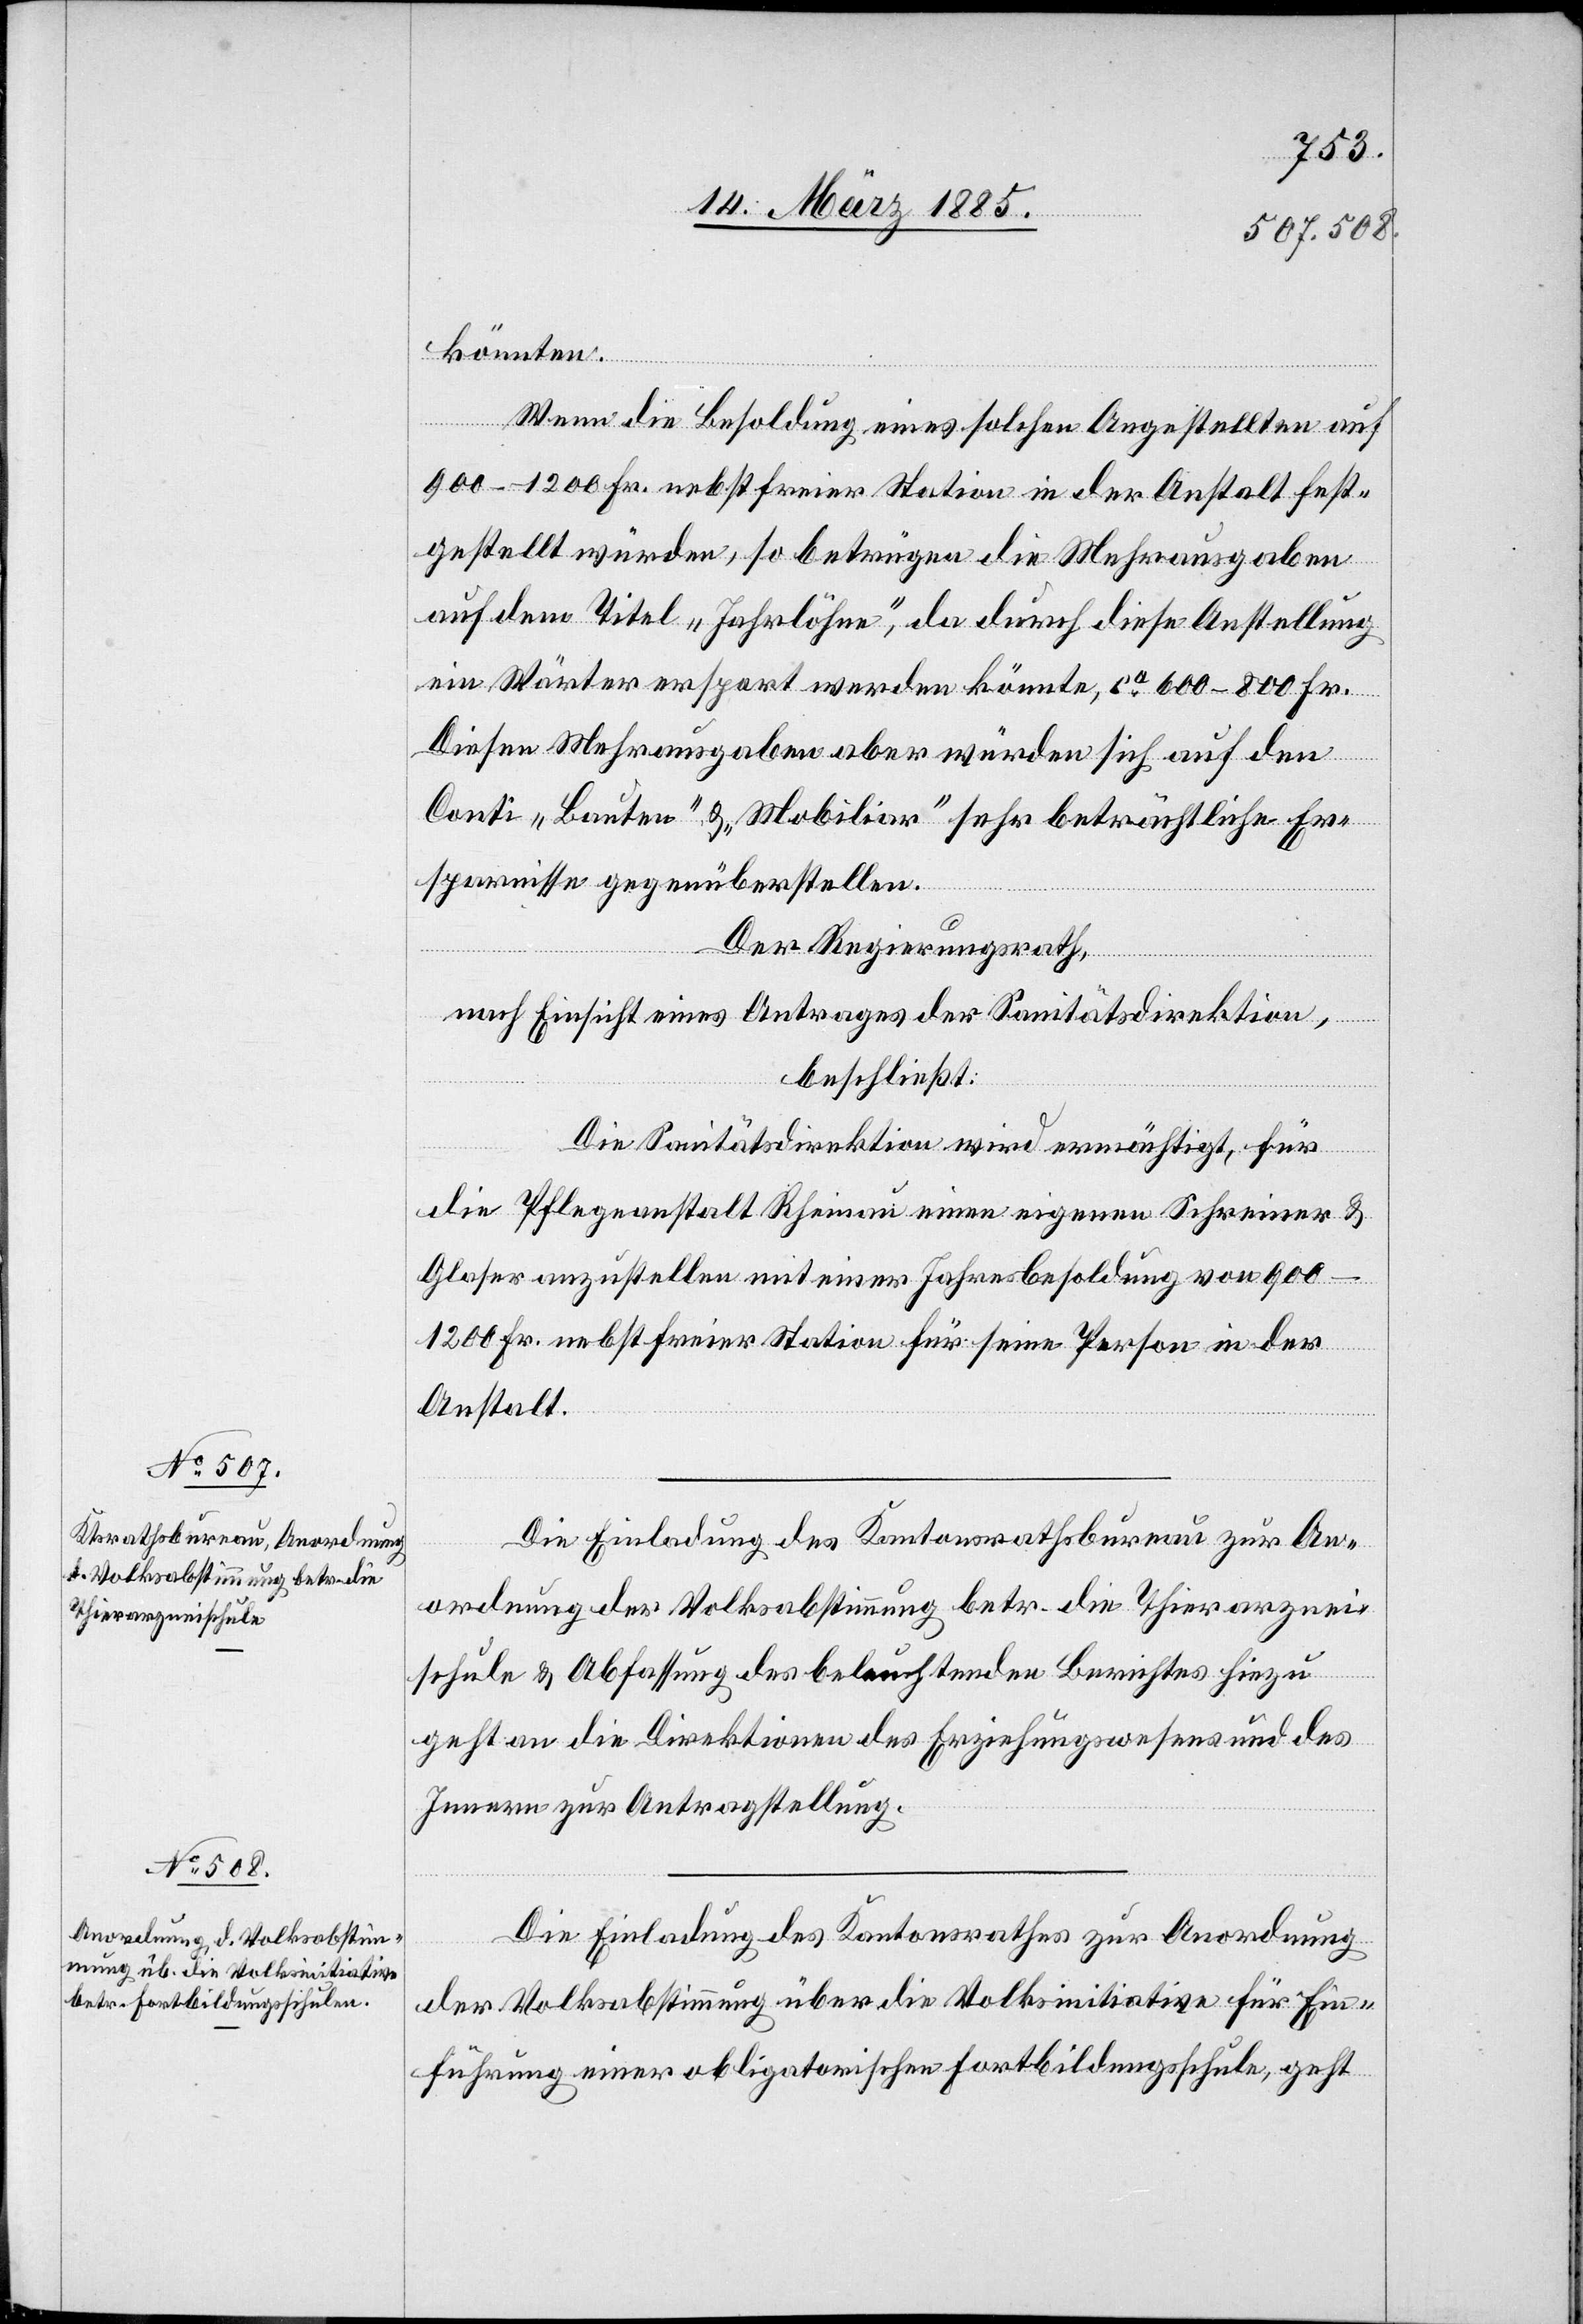
könnten.
Wenn die Besoldung eines solchen Angestellten auf
900–1200 Fr. nebst freier Station in der Anstalt fest¬
gestellt würde, so betrügen die Mehrausgaben
auf dem Titel „Jahrlöhne“, da durch diese Anstellung
ein Wärter erspart werden könne, ca 600–800 Fr.
Diese Mehrausgaben aber würden sich auf den
Conti „Bauten“ & „Mobiliar“ sehr beträchtliche Er¬
sparnisse gegenüberstellen.
Der Regierungsrath,
nach Einsicht eines Antrages der Sanitätsdirektion,
beschließt:
Die Sanitätsdirektion wird ermächtigt, für
die Pflegeanstalt Rheinau einen eigenen Schreiner &
Glaser anzustellen mit einer Jahresbesoldung von 900–1200
Fr. nebst freier Station für seine Person in der
Anstalt.
Die Einladung des Kantonsrathsbureau zur An¬
ordnung der Volksabstimmung betr. die Thierarznei¬
schule & Abfassung des beleuchtenden Berichtes hiezu
geht an die Direktion des Erziehungswesens und des
Innern zur Antragstellung.
Die Einladung des Kantonsrathes zur Anordnung
der Volksabstimmung über die Volksinitiative für Ein¬
führung einer obligatorischen Fortbildungsschule, geht